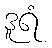
ဒူရံ